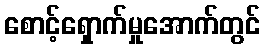
စောင့်ရှောက်မှုအောက်တွင်